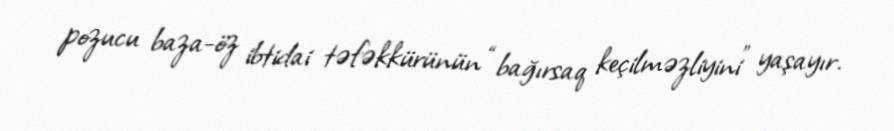
pozucu baza-öz ibtidai təfəkkürünün “bağırsaq keçilməzliyini” yaşayır.